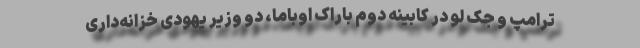
ترامپ و جک لو در کابینه دوم باراک اوباما، دو وزیر یهودی خزانه‌داری